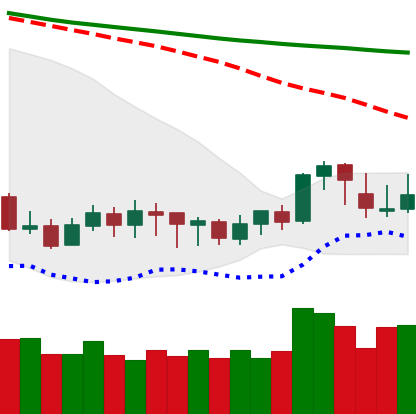
Ticker: XLM-USD
Chart end date: 2020-01-11
Forward return: 13.042%
Label: up_7plus